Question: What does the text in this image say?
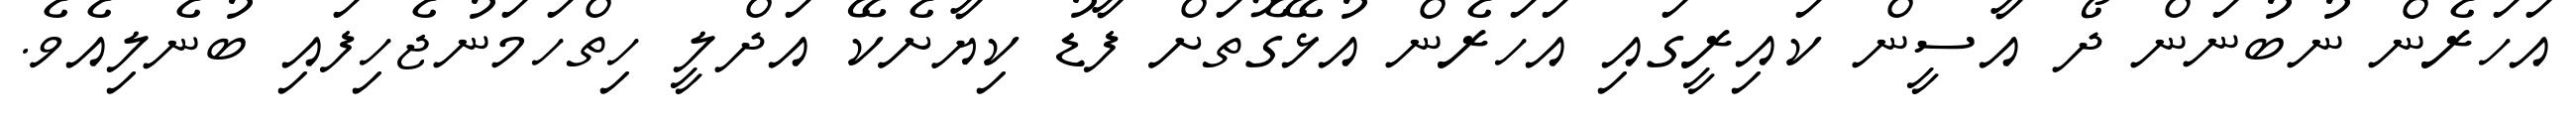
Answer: އަހަރެން ނުބުނަން ދޯ އާސީން ކައިރީގައި އަހަރެން އުޅޭގޮތަށް ފާޑު ކިޔާށެކޭ އަދްލީ ހިތްހަމަނުޖެހިފައި ބުނެލިއެވެ.